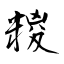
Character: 糉